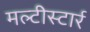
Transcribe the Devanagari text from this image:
मल्टीस्टार्र